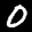
Label: 0